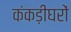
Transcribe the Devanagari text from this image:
कंकड़ीघरों